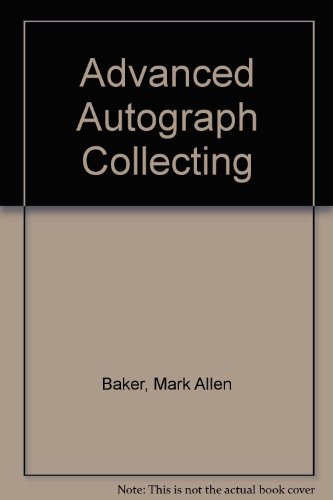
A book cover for Advanced Autograph Collecting; Mark Allen Baker; Crafts, Hobbies & Home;